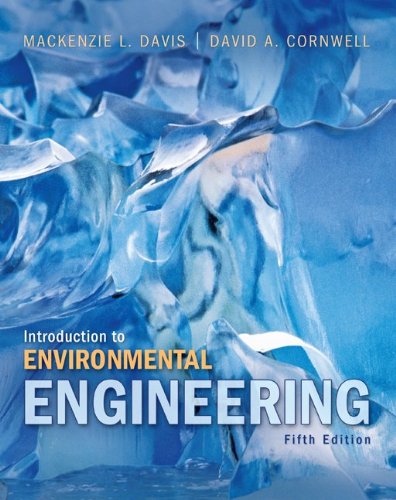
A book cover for Introduction to Environmental Engineering (The Mcgraw-Hill Series in Civil and Environmental Engineering); Mackenzie Davis; Science & Math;